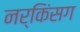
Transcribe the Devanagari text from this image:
नर्किंसग